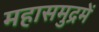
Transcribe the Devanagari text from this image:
महासमुद्रमें